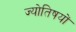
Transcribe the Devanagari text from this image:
ज्योतिषयों